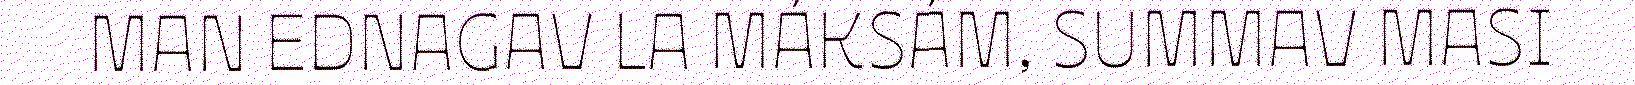
MAN EDNAGAV LA MÁKSÁM, SUMMAV MASI